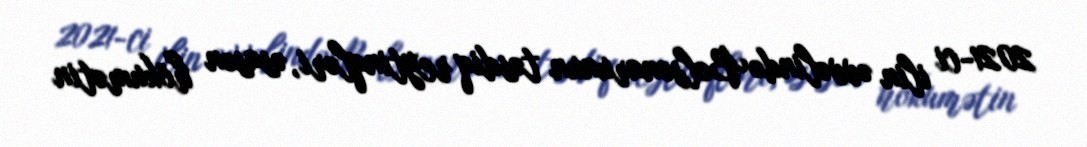
2021-ci ilin əvvəlində Bolsonarunun təsdiq reytinqləri, əsasən hökumətin